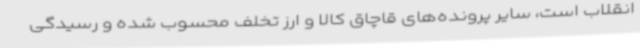
انقلاب است، سایر پرونده‌های قاچاق کالا و ارز تخلف محسوب شده و رسیدگی